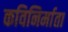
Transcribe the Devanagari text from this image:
कविनिर्माता